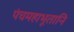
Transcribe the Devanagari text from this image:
पंचमहाभूतानि